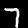
Digit: 7